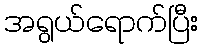
အရွယ်ရောက်ပြီး